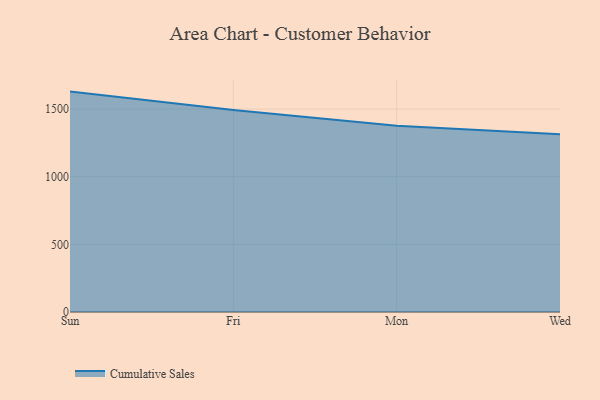
{"axis": {"x": "Day", "y": "Customer Acquisition Cost (USD)"}, "legend": ["Cumulative Sales"], "data": [{"x": "Sun", "y": 1629.1, "type": "Cumulative Sales"}, {"x": "Fri", "y": 1493.4, "type": "Cumulative Sales"}, {"x": "Mon", "y": 1376.0, "type": "Cumulative Sales"}, {"x": "Wed", "y": 1314.5, "type": "Cumulative Sales"}]}